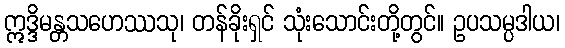
ဣဒ္ဒိမန္တသဟေဿသု၊ တန်ခိုးရှင် သုံးသောင်းတို့တွင်။ ဥပသမ္ပဒါယ၊